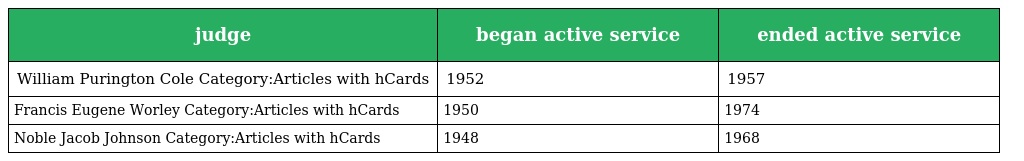
| judge | began active service | ended active service |
 | --- | --- | --- |
 | William Purington Cole Category:Articles with hCards | 1952 | 1957 |
 | Francis Eugene Worley Category:Articles with hCards | 1950 | 1974 |
 | Noble Jacob Johnson Category:Articles with hCards | 1948 | 1968 |